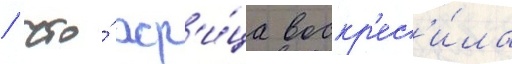
/ что́ жр'и́ца воскр'ес'и́ла